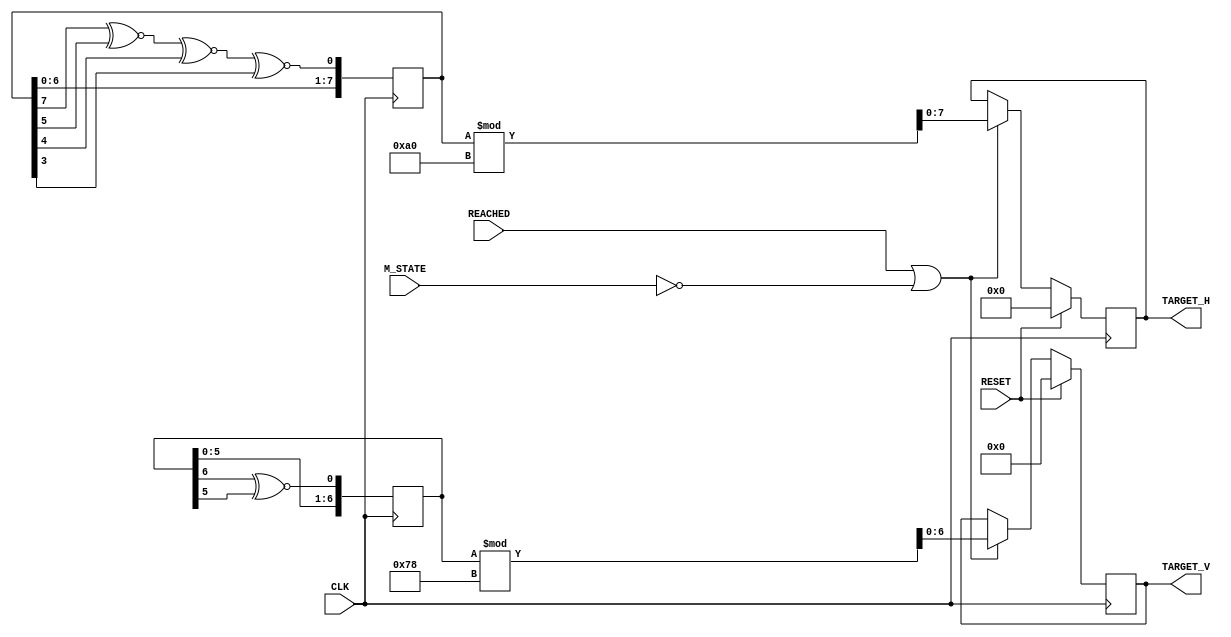
`timescale 1ns / 1ps
//////////////////////////////////////////////////////////////////////////////////
// Company: 
// Engineer: 
// 
// Design Name: 
// Module Name: TargetGenerator
// Project Name: 
// Target Devices: 
// Tool Versions: 
// Description: 
// 
// Dependencies: 
// 
// Revision:
// Revision 0.01 - File Created
// Additional Comments:
// 
//////////////////////////////////////////////////////////////////////////////////


module TargetGenerator(
    input CLK,
    input RESET,
    input REACHED,
    input [1:0] M_STATE,
    output reg [6:0] TARGET_V,
    output reg [7:0] TARGET_H
    );
    
    reg [7:0] horz_target;
    reg [6:0] vert_target;
    
    reg new_h;
    reg new_v;
    
    always@(posedge CLK) begin
        new_h = horz_target[7] ^~ horz_target[5] ^~ horz_target[4] ^~ horz_target[3];
        horz_target = {horz_target[6:0], new_h};
        new_v = vert_target[6] ^~ vert_target[5];
        vert_target = {vert_target[5:0], new_v};
    end
    
    always@(posedge CLK) begin
        if (RESET) begin
            TARGET_V <= 0;
            TARGET_H <= 0;
        end
        else if (REACHED || M_STATE == 0) begin
            TARGET_V <= vert_target % 120;
            TARGET_H <= horz_target % 160;
        end
    end
    
endmodule